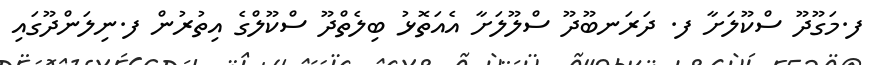
ފ.މަގޫދޫ ސްކޫލަށާ ފ. ދަރަނބޫދޫ ސްލޫލަށާ އެއަތޮޅު ބިލެތްދޫ ސްކޫލްގެ އިތުރުން ފ.ނިލަންދޫގައި